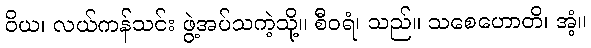
ဝိယ၊ လယ်ကန်သင်း ဖွဲ့အပ်သကဲ့သို့။ စီဝရံ၊ သည်။ သစေဟောတိ၊ အံ့။